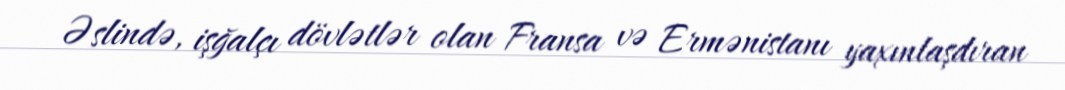
Əslində, işğalçı dövlətlər olan Fransa və Ermənistanı yaxınlaşdıran